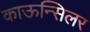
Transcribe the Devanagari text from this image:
काऊन्सिलर